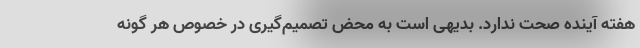
هفته آینده صحت ندارد. بدیهی است به محض تصمیم‌گیری در خصوص هر گونه